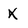
Character: X